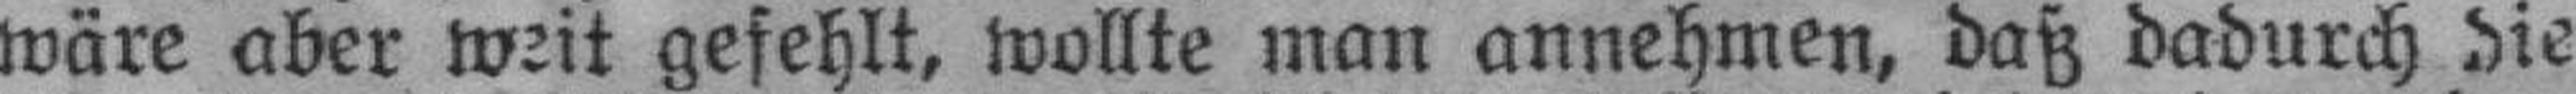
wäre aber weit gefehlt, wollte man annehmen, daß dadurch die